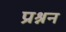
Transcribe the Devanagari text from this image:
प्रश्नन